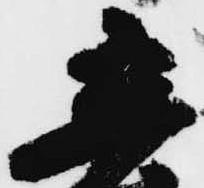
立